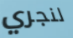
لنجري